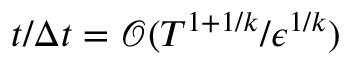
t / \Delta t = \mathcal { O } ( T ^ { 1 + 1 / k } / \epsilon ^ { 1 / k } )